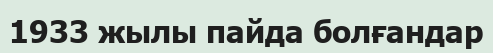
1933 жылы пайда болғандар